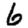
Digit: 6